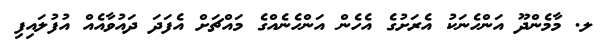
ލ. މާމެންދޫ އަންހެނަކު އެރަށުގެ އެހެން އަންހެނެއްގެ މައްޗަށް އެފަދަ ދައުވާއެއް އުފުލައިފި